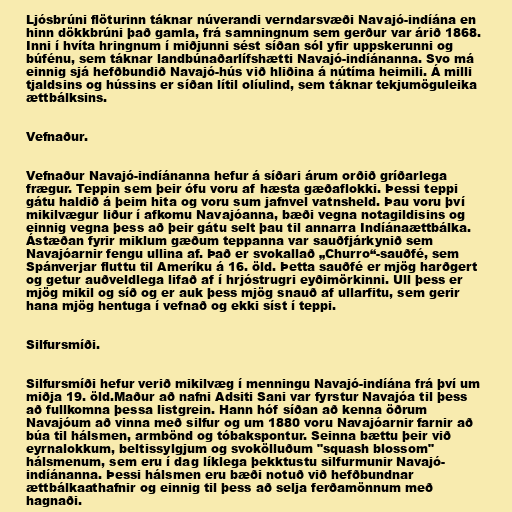
Ljósbrúni flöturinn táknar núverandi verndarsvæði Navajó-indíána en
hinn dökkbrúni það gamla, frá samningnum sem gerður var árið 1868.
Inni í hvíta hringnum í miðjunni sést síðan sól yfir uppskerunni og
búfénu, sem táknar landbúnaðarlífshætti Navajó-indíánanna. Svo má
einnig sjá hefðbundið Navajó-hús við hliðina á nútíma heimili. Á milli
tjaldsins og hússins er síðan lítil olíulind, sem táknar tekjumöguleika
ættbálksins.

Vefnaður.

Vefnaður Navajó-indíánanna hefur á síðari árum orðið gríðarlega
frægur. Teppin sem þeir ófu voru af hæsta gæðaflokki. Þessi teppi
gátu haldið á þeim hita og voru sum jafnvel vatnsheld. Þau voru því
mikilvægur liður í afkomu Navajóanna, bæði vegna notagildisins og
einnig vegna þess að þeir gátu selt þau til annarra Indíánaættbálka.
Ástæðan fyrir miklum gæðum teppanna var sauðfjárkynið sem
Navajóarnir fengu ullina af. Það er svokallað „Churro“-sauðfé, sem
Spánverjar fluttu til Ameríku á 16. öld. Þetta sauðfé er mjög harðgert
og getur auðveldlega lifað af í hrjóstrugri eyðimörkinni. Ull þess er
mjög mikil og síð og er auk þess mjög snauð af ullarfitu, sem gerir
hana mjög hentuga í vefnað og ekki síst í teppi.

Silfursmíði.

Silfursmíði hefur verið mikilvæg í menningu Navajó-indíána frá því um
miðja 19. öld.Maður að nafni Adsiti Sani var fyrstur Navajóa til þess
að fullkomna þessa listgrein. Hann hóf síðan að kenna öðrum
Navajóum að vinna með silfur og um 1880 voru Navajóarnir farnir að
búa til hálsmen, armbönd og tóbakspontur. Seinna bættu þeir við
eyrnalokkum, beltissylgjum og svokölluðum "squash blossom"
hálsmenum, sem eru í dag líklega þekktustu silfurmunir Navajó-
indíánanna. Þessi hálsmen eru bæði notuð við hefðbundnar
ættbálkaathafnir og einnig til þess að selja ferðamönnum með
hagnaði.